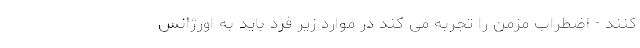
کنند - اضطراب مزمن را تجربه می کند در موارد زیر فرد باید به اورژانس